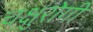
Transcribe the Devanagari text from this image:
चक्षुरोगी